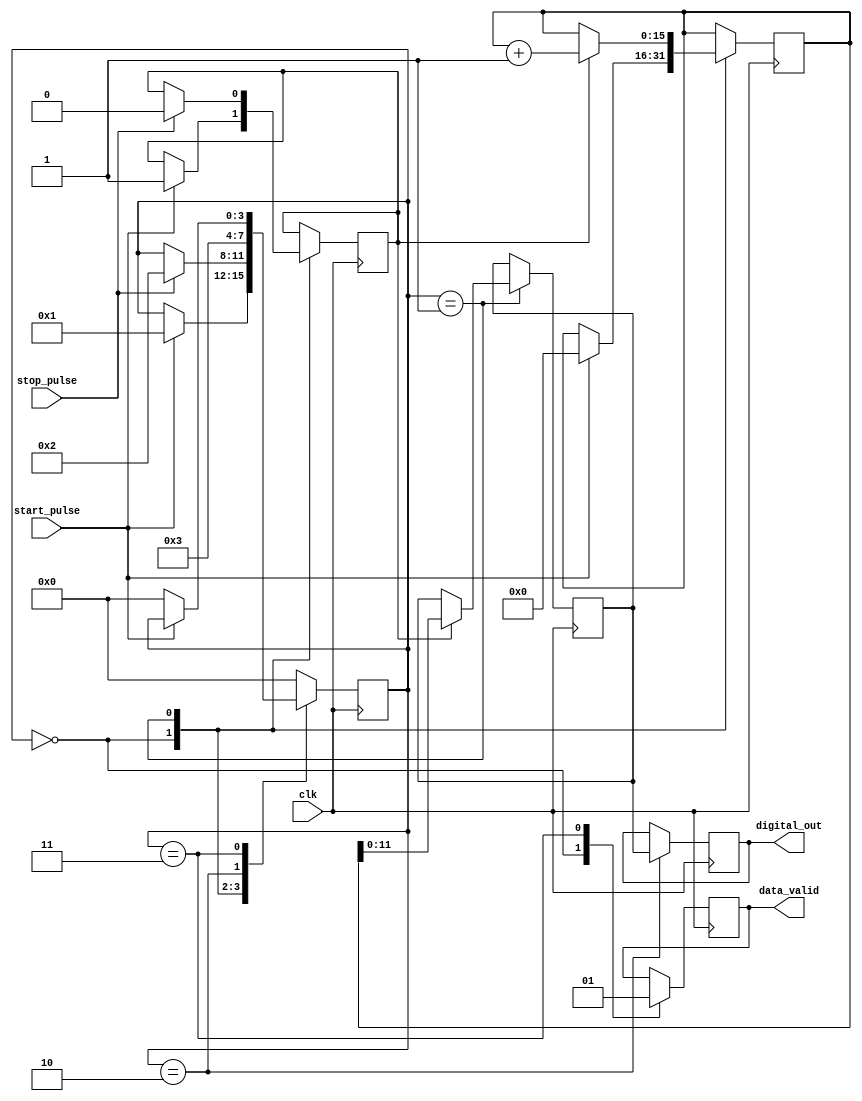
module TDC_TVC (
    input wire clk,                 // System clock
    input wire start_pulse,        // Input signal to start measurement
    input wire stop_pulse,         // Input signal to stop measurement
    output reg [11:0] digital_out, // Output digital value (12-bit)
    output reg data_valid          // Data valid signal
);

    // Internal signals
    reg [11:0] voltage;             // Voltage level (simulated)
    reg charging;                   // Charging state
    reg [15:0] charge_count;        // Counter for charging time
    reg [3:0] state;                // State for FSM

    // State definitions
    parameter IDLE      = 3'b000;
    parameter CHARGING  = 3'b001;
    parameter MEASURE   = 3'b010;
    parameter STORE      = 3'b011;

    // Clock process for state machine and charging functions
    always @(posedge clk) begin
        case (state)
            IDLE: begin
                data_valid <= 0; // Initially, data is not valid
                if (start_pulse) begin
                    charging <= 1; // Start charging
                    charge_count <= 0; // Reset charge counter
                    state <= CHARGING;
                end
            end

            CHARGING: begin
                if (charging) begin
                    // Simulate charging the capacitor
                    charge_count <= charge_count + 1;

                    // Simulate capacitor voltage increase
                    voltage <= charge_count[11:0]; // Simple linear model
                end
                if (stop_pulse) begin
                    charging <= 0; // Stop charging when the end pulse is detected
                    state <= MEASURE;
                end
            end
            
            MEASURE: begin
                // Hold the voltage for measurement
                digital_out <= voltage; // Sample ADC output
                state <= STORE; // Move to storing state
            end
            
            STORE: begin
                data_valid <= 1; // Data is valid after storing
                if (!start_pulse) begin
                    state <= IDLE; // Go back to idle state
                end
            end

            default: state <= IDLE; // Default to IDLE state
        endcase
    end

endmodule